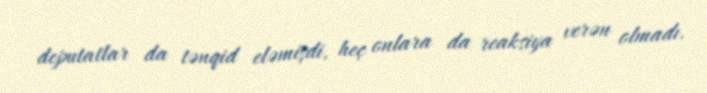
deputatlar da tənqid eləmişdi, heç onlara da reaksiya verən olmadı.